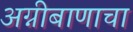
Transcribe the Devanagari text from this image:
अग्नीबाणाचा